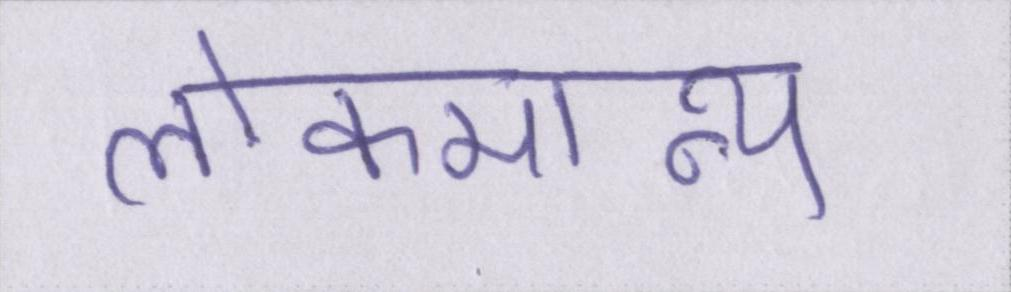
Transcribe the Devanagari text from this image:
लोकमान्य